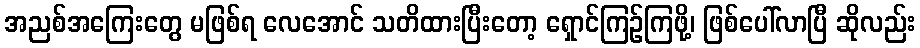
အညစ်အကြေးတွေ မဖြစ်ရ လေအောင် သတိထားပြီးတော့ ရှောင်ကြဉ်ကြဖို့၊ ဖြစ်ပေါ်လာပြီ ဆိုလည်း